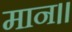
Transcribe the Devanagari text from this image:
मान।।